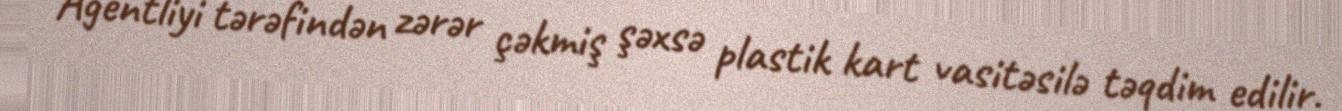
Agentliyi tərəfindən zərər çəkmiş şəxsə plastik kart vasitəsilə təqdim edilir.